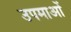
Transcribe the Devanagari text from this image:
उपमाआें